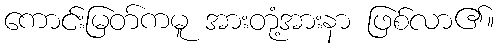
ကောင်းမြတ်ကမူ အားတုံ့အားနာ ဖြစ်လာ၏။